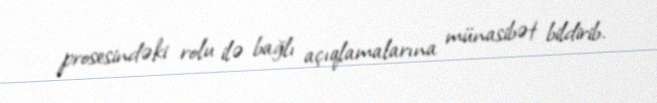
prosesindəki rolu ilə bağlı açıqlamalarına münasibət bildirib.